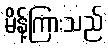
မိန့်ကြားသည်